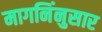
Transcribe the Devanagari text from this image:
मागनिंनुसार